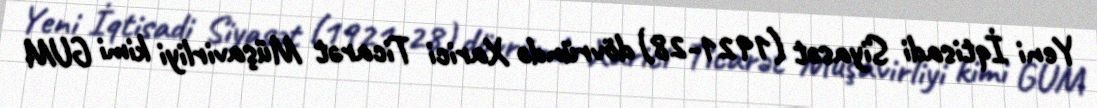
Yeni İqtisadi Siyasət (1921-28) dövründə Xarici Ticarət Müşavirliyi kimi GUM